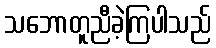
သဘောတူညီခဲ့ကြပါသည်